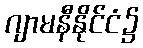
ဂျာမနီနိုင်ငံ၌